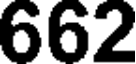
662